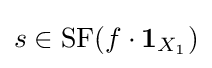
s\in {\rm {SF}}(f\cdot {\mathbf {1} }_{X_{1}})